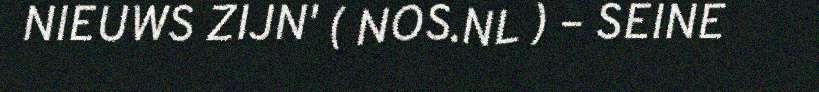
NIEUWS ZIJN' ( NOS.NL ) – SEINE